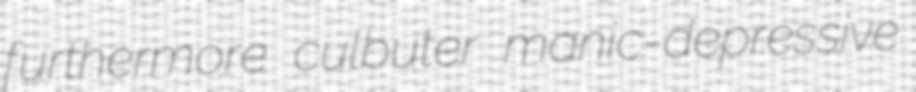
furthermore culbuter manic-depressive